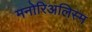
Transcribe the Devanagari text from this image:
मनोरिअलिस्म